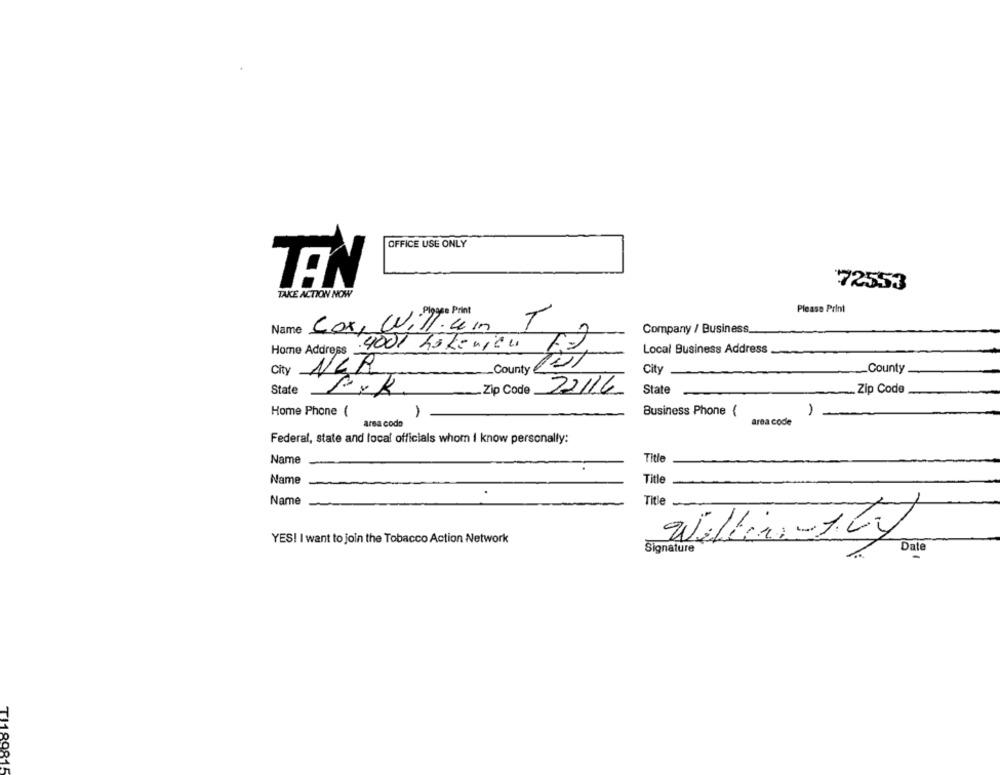
OFFICE USE ONLY
TEN
72553
TAKE ACTION NOW
-Playse Print
Please Print
Name Cox, Will. um
Company / Business.
Home Address
.4001 hokerien
Local Business Address
_County 27
City
NER
City
-County
State
Zip Code
22/14
State
.Zip Code
Home Phone (
Business Phone (
-
area code
area code
Federal, state and local officials whom I know personally:
Title
Name
Title
Name
Name
-
Title .
Wilber-100
YES! I want to join the Tobacco Action Network
Signature
Date
TI199815